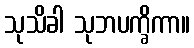
သုသိခါ သုဘပက္ခိကာ။